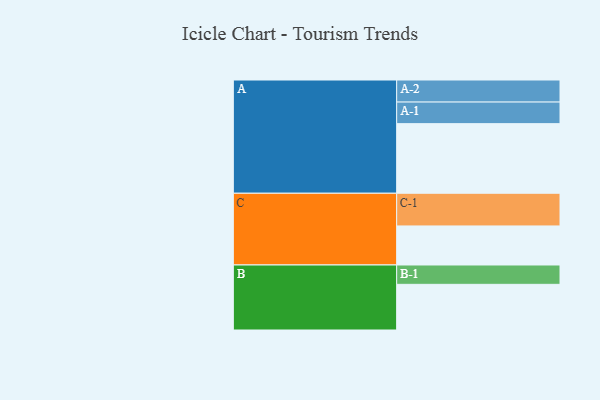
{"axis": {"x": "Segment", "y": "Value"}, "legend": ["", "A", "B", "C"], "data": [{"x": "A", "y": 590, "type": ""}, {"x": "B", "y": 387, "type": ""}, {"x": "C", "y": 331, "type": ""}, {"x": "A-1", "y": 183, "type": "A"}, {"x": "A-2", "y": 187, "type": "A"}, {"x": "B-1", "y": 164, "type": "B"}, {"x": "C-1", "y": 277, "type": "C"}]}